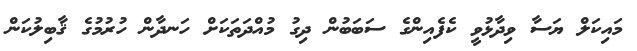
މައިކަލް ޔަސާ ވިދާޅުވީ ކެފެއިންގެ ސަބަބުން ދިގު މުއްދަތަކަށް ހަނދާން ހުރުމުގެ ޤާބިލުކަން